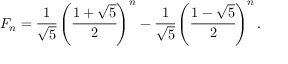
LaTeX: F _ { n } = { \cfrac { 1 } { \sqrt { 5 } } } \left( { \cfrac { 1 + { \sqrt { 5 } } } { 2 } } \right) ^ { n } - { \cfrac { 1 } { \sqrt { 5 } } } \left( { \cfrac { 1 - { \sqrt { 5 } } } { 2 } } \right) ^ { n } .